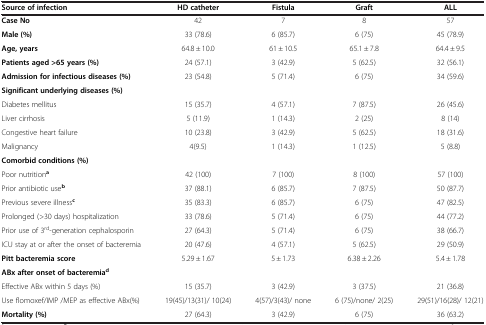
<table><thead><tr><td><b>Source of infection</b></td><td><b>HD catheter</b></td><td><b>Fistula</b></td><td><b>Graft</b></td><td><b>ALL</b></td></tr></thead><tbody><tr><td><b>Case No</b></td><td>42</td><td>7</td><td>8</td><td>57</td></tr><tr><td><b>Male (%)</b></td><td>33 (78.6)</td><td>6 (85.7)</td><td>6 (75)</td><td>45 (78.9)</td></tr><tr><td><b>Age, years</b></td><td>64.8 ± 10.0</td><td>61 ± 10.5</td><td>65.1 ± 7.8</td><td>64.4 ± 9.5</td></tr><tr><td><b>Patients aged &gt;65 years (%)</b></td><td>24 (57.1)</td><td>3 (42.9)</td><td>5 (62.5)</td><td>32 (56.1)</td></tr><tr><td><b>Admission for infectious diseases (%)</b></td><td>23 (54.8)</td><td>5 (71.4)</td><td>6 (75)</td><td>34 (59.6)</td></tr><tr><td><b>Significant underlying diseases (%)</b></td><td>[EMPTY_CELL]</td><td>[EMPTY_CELL]</td><td>[EMPTY_CELL]</td><td>[EMPTY_CELL]</td></tr><tr><td>Diabetes mellitus</td><td>15 (35.7)</td><td>4 (57.1)</td><td>7 (87.5)</td><td>26 (45.6)</td></tr><tr><td>Liver cirrhosis</td><td>5 (11.9)</td><td>1 (14.3)</td><td>2 (25)</td><td>8 (14)</td></tr><tr><td>Congestive heart failure</td><td>10 (23.8)</td><td>3 (42.9)</td><td>5 (62.5)</td><td>18 (31.6)</td></tr><tr><td>Malignancy</td><td>4(9.5)</td><td>1 (14.3)</td><td>1 (12.5)</td><td>5 (8.8)</td></tr><tr><td><b>Comorbid conditions (%)</b></td><td>[EMPTY_CELL]</td><td>[EMPTY_CELL]</td><td>[EMPTY_CELL]</td><td>[EMPTY_CELL]</td></tr><tr><td>Poor nutrition<sup><b>a</b></sup></td><td>42 (100)</td><td>7 (100)</td><td>8 (100)</td><td>57 (100)</td></tr><tr><td>Prior antibiotic use<sup><b>b</b></sup></td><td>37 (88.1)</td><td>6 (85.7)</td><td>7 (87.5)</td><td>50 (87.7)</td></tr><tr><td>Previous severe illness<sup><b>c</b></sup></td><td>35 (83.3)</td><td>6 (85.7)</td><td>6 (75)</td><td>47 (82.5)</td></tr><tr><td>Prolonged (&gt;30 days) hospitalization</td><td>33 (78.6)</td><td>5 (71.4)</td><td>6 (75)</td><td>44 (77.2)</td></tr><tr><td>Prior use of 3<sup>rd</sup>-generation cephalosporin</td><td>27 (64.3)</td><td>5 (71.4)</td><td>6 (75)</td><td>38 (66.7)</td></tr><tr><td>ICU stay at or after the onset of bacteremia</td><td>20 (47.6)</td><td>4 (57.1)</td><td>5 (62.5)</td><td>29 (50.9)</td></tr><tr><td><b>Pitt bacteremia score</b></td><td>5.29 ± 1.67</td><td>5 ± 1.73</td><td>6.38 ± 2.26</td><td>5.4 ± 1.78</td></tr><tr><td><b>ABx after onset of bacteremia</b><sup><b>d</b></sup></td><td>[EMPTY_CELL]</td><td>[EMPTY_CELL]</td><td>[EMPTY_CELL]</td><td>[EMPTY_CELL]</td></tr><tr><td>Effective ABx within 5 days (%)</td><td>15 (35.7)</td><td>3 (42.9)</td><td>3 (37.5)</td><td>21 (36.8)</td></tr><tr><td>Use flomoxef/IMP /MEP as effective ABx(%)</td><td>19(45)/13(31)/ 10(24)</td><td>4(57)/3(43)/ none</td><td>6 (75)/none/ 2(25)</td><td>29(51)/16(28)/ 12(21)</td></tr><tr><td><b>Mortality (%)</b></td><td>27 (64.3)</td><td>3 (42.9)</td><td>6 (75)</td><td>36 (63.2)</td></tr></tbody></table>